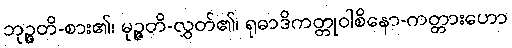
ဘုဉ္ဇတိ-စား၏၊ မုဉ္ဇတိ-လွှတ်၏၊ ရုဓာဒိကတ္တုဝါစိနော-ကတ္တားဟော